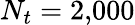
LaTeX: N_{t}=2{,}000